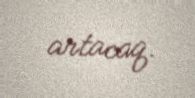
artacaq.